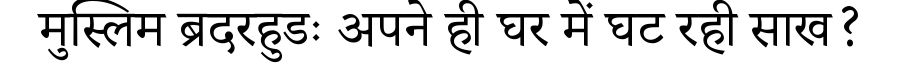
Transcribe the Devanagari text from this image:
मुस्लिम ब्रदरहुडः अपने ही घर में घट रही साख?